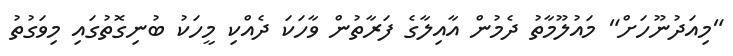
"މިއަދުނޫހަށް" މައުލޫމާތު ދެމުން އާއިލާގެ ފަރާތުން ވާހަކަ ދެއްކި މީހަކު ބުނިގޮތުގައި މިވަގުތު